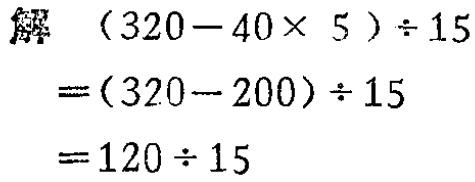
\[
\begin{align*}
&(320 - 40\times5)\div15\\
=&(320 - 200)\div15\\
=&120\div15
\end{align*}
\]